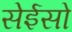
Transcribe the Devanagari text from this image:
सेईसो